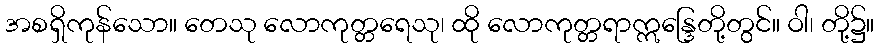
အစရှိကုန်သော။ တေသု လောကုတ္တရေသု၊ ထို လောကုတ္တရာဣန္ဒြေတို့တွင်။ ဝါ၊ တို့၌။